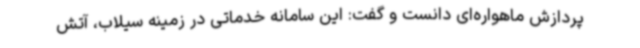
پردازش ماهواره‌ای دانست و گفت: این سامانه خدماتی در زمینه سیلاب، آتش